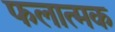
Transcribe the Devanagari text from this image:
फलात्मक